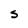
Character: S